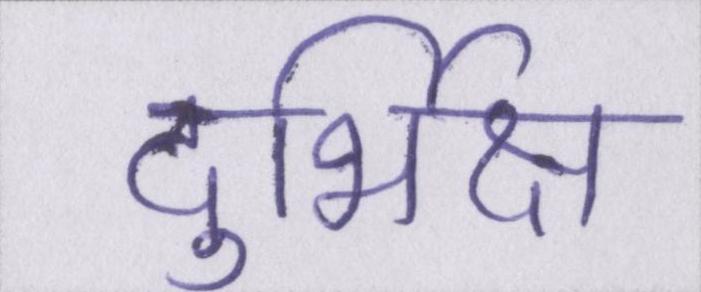
दुर्भिक्ष